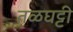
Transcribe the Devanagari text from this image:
तळघट्टी